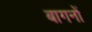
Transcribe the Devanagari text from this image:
बागनों